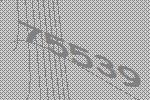
75539